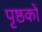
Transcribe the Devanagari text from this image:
पृष्ठकों